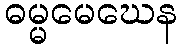
ဓမ္မမေဃေန